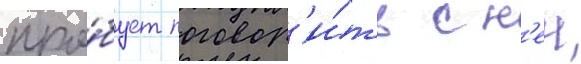
про́бует поговор'и́ть с н'еи